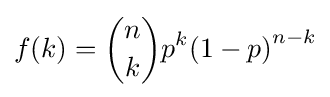
f(k)={\binom {n}{k}}p^{k}{\left(1-p\right)}^{n-k}